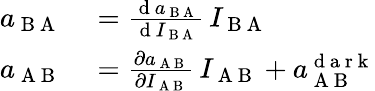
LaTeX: \begin{array}{rl}{a_{\mathrm{~B~A~}}}&{{}=\frac{\mathrm{~d~}a_{\mathrm{~B~A~}}}{\mathrm{~d~}I_{\mathrm{~B~A~}}}\, I_{\mathrm{~B~A~}}}\\ {a_{\mathrm{~A~B~}}}&{{}=\frac{\partial a_{\mathrm{~A~B~}}}{\partial I_{\mathrm{~A~B~}}}\, I_{\mathrm{~A~B~}}+a_{\mathrm{~A~B~}}^{\mathrm{~d~a~r~k~}}}\end{array}